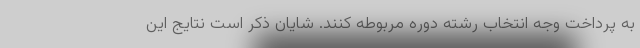
به پرداخت وجه انتخاب رشته دوره مربوطه کنند. شایان ذکر است نتایج این